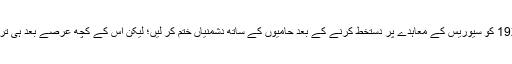
عثمانیہ سلطنت نے 10 اگست 1920 کو سیوریس کے معاہدے پر دستخط کرنے کے بعد حامیوں کے ساتھ دشمنیاں ختم کر لیں؛ لیکن اس کے کچھ عرصے بعد ہی ترکی میں جنگ آزادی شروع ہوگئی۔